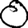
Digit: 0